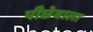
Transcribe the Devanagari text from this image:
पीछेबाला